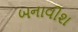
બનાવીશ